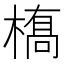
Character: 𫞎